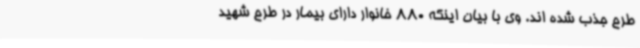
طرح جذب شده اند. وی با بیان اینکه 880 خانوار دارای بیمار در طرح شهید